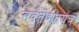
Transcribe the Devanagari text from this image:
सर्वतोभद्रयंत्र